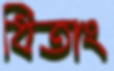
ধিতাং